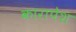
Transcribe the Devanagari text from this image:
कारापेश